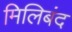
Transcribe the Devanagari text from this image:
मिलिबंद